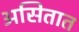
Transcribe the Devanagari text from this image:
असितात